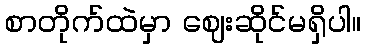
စာတိုက်ထဲမှာ ဈေးဆိုင်မရှိပါ။